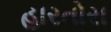
હારતોરા